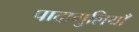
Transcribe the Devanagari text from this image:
पादागुलियाँ